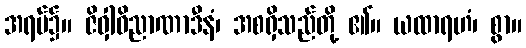
အရပ်၌။ ဇိဝှါဝိညာဏာဒီနံ၊ အစရှိသည်တို့ ၏။ ယထာရဟံ၊ စွာ။